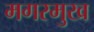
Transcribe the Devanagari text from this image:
मगरमुख